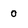
Character: 0